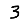
Digit: 3